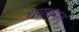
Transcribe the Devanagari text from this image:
धगधगत